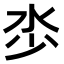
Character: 𣲦